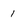
Character: 1